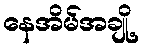
နေအိမ်အချို့